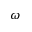
\omega